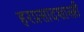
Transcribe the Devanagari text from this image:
हरप्रसादशास्त्री